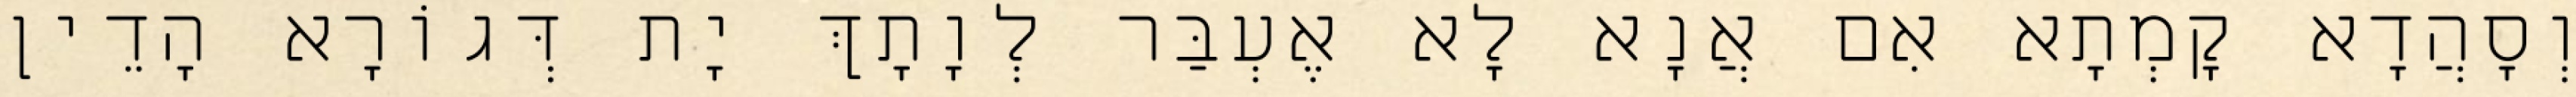
וְסָהֲדָא קָמְתָא אִם אֲנָא לָא אֶעְבַּר לְוָתָךְ יָת דְּגוֹרָא הָדֵין